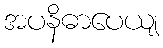
အပနိဓာပေယျ